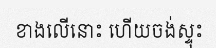
ខាងលើនោះ ហើយចង់ស្ទុះ